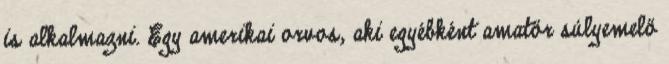
is alkalmazni. Egy amerikai orvos, aki egyébként amatőr súlyemelő